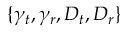
\{ \gamma _ { t } , \gamma _ { r } , D _ { t } , D _ { r } \}